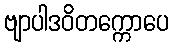
ဗျာပါဒဝိတက္ကောပေ